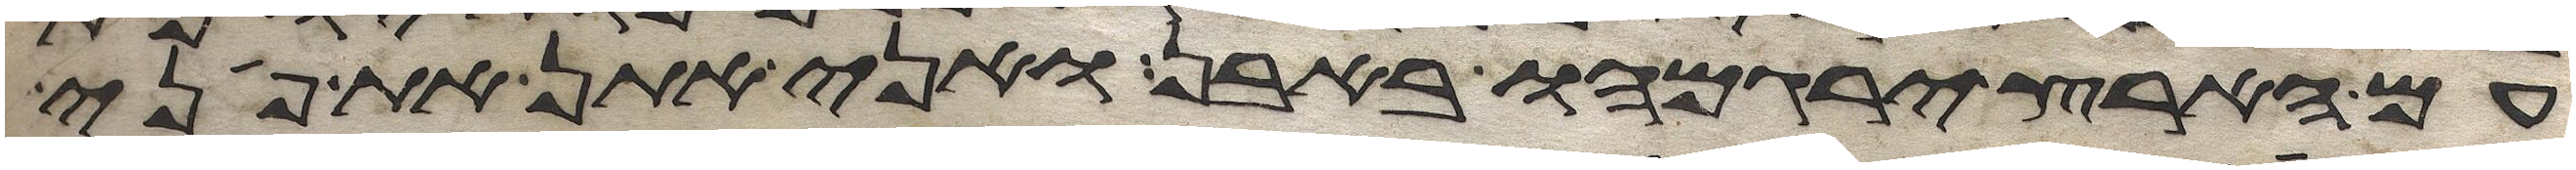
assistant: עם הארץ ירגמהו באבן ואני אתן את פני